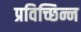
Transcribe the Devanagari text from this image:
प्रविच्छिन्न